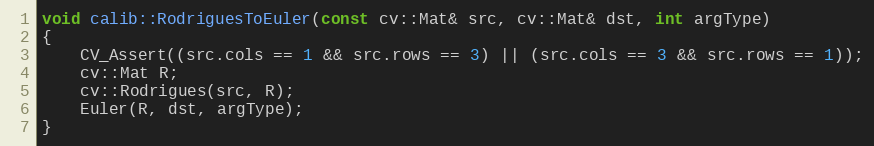
Language: C++
void calib::RodriguesToEuler(const cv::Mat& src, cv::Mat& dst, int argType)
{
    CV_Assert((src.cols == 1 && src.rows == 3) || (src.cols == 3 && src.rows == 1));
    cv::Mat R;
    cv::Rodrigues(src, R);
    Euler(R, dst, argType);
}